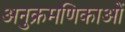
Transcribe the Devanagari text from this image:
अनुक्रमणिकाओं